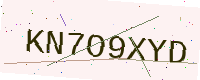
Text: KN7O9XYD